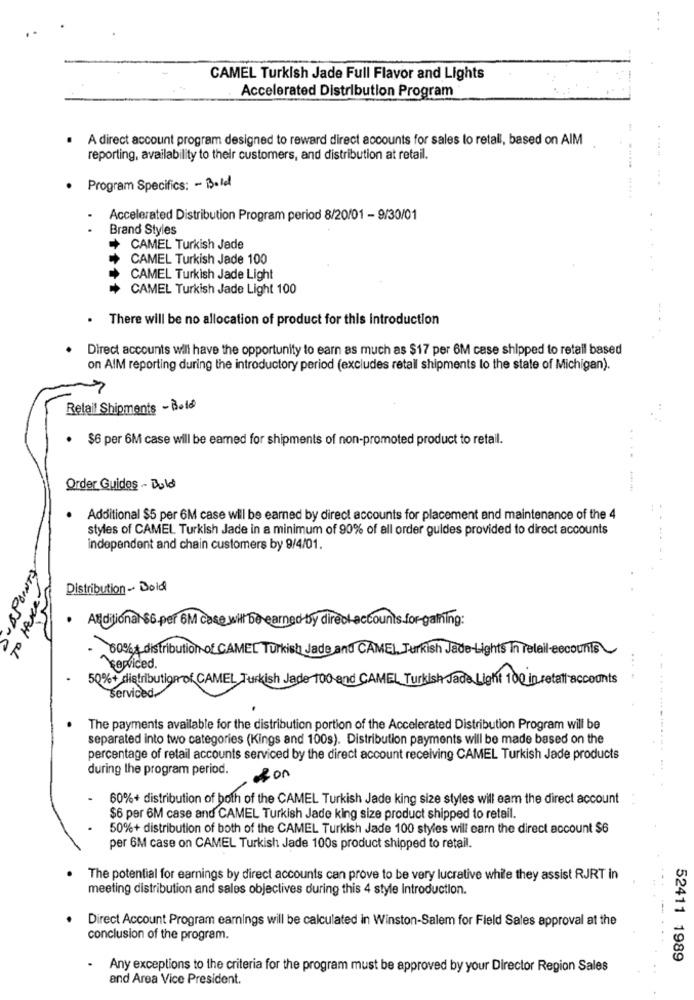
CAMEL Turkish Jade Full Flavor and Lights
Accelerated Distribution Program
A direct account program designed to reward direct accounts for sales to retali, based on AIM
reporting, availability to their customers, and distribution at retail.
Program Specifics: - Bold
Accelerated Distribution Program period 8/20/01 - 9/30/01
Brand Styles
CAMEL Turkish Jade
CAMEL Turkish Jade 100
CAMEL Turkish Jade Light
CAMEL Turkish Jade Light 100
. There will be no allocation of product for this introduction
Direct accounts will have the opportunity to earn as much as $17 per 6M case shipped to retail based
on AIM reporting during the introductory period (excludes retall shipments to the state of Michigan).
Retail Shipments - Bold
..
· $6 per 6M case will be earned for shipments of non-promoted product to retail.
....
Order Guides - Bold
Additional $5 per 6M case will be earned by direct accounts for placement and maintenance of the 4
styles of CAMEL Turkish Jade in a minimum of 90% of all order guides provided to direct accounts
independent and chain customers by 9/4/01.
QUEPOINTS
Distribution- Bold
· Additional $6 per 6M case will be earned-by direct-accounts for-gaining:
60% distribution of CAMEL Turkish Jade and CAME], Turkish Jade-Light in real-
serviced
50%+ distribution of CAMEL Turkish Jade 100 end CAMEL Turkish Jade Light 100 in retail accounts
serviced
The payments available for the distribution portion of the Accelerated Distribution Program will be
separated into two categories (Kings and 100s). Distribution payments will be made based on the
percentage of retail accounts serviced by the direct account receiving CAMEL Turkish Jade products
during the program period.
200
60%+ distribution of both of the CAMEL Turkish Jade king size styles will eam the direct account
$6 per 6M case and CAMEL Turkish Jade king size product shipped to retail.
50%+ distribution of both of the CAMEL Turkish Jade 100 styles will earn the direct account $6
per 6M case on CAMEL Turkish Jade 100s product shipped to retail.
The potential for earnings by direct accounts can prove to be very lucrative while they assist RJRT in
meeting distribution and sales objectives during this 4 style Introduction.
Direct Account Program earnings will be calculated in Winston-Salem for Field Sales approval at the
conclusion of the program.
52411 1989
.
Any exceptions to the criteria for the program must be approved by your Director Region Sales
and Area Vice President.